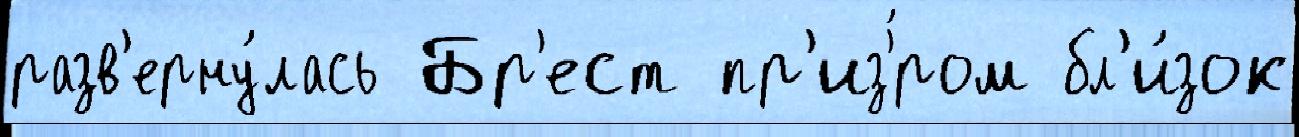
разв'ерну́лась Бр'ест пр'из'́ром бл'и́зок